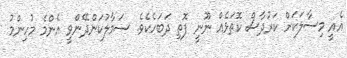
އެއީ މިސާލަކަށް ކަރުދާސް ކޮތަޅެއް ނޫނީ ފޮތި ދަބަހެކެވެ. ސަމާލުކަންދޭންވީ އެންމެ މުހިންމު